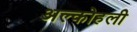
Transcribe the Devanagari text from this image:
अल्कोहली